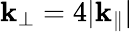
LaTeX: \mathbf{k}_{\perp}=4|\mathbf{k}_{\parallel}|